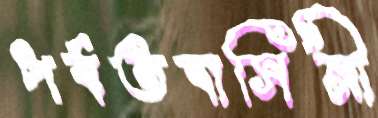
পর্বতবাসিনী